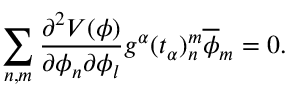
\sum _ { n , m } { \frac { \partial ^ { 2 } V ( \phi ) } { \partial \phi _ { n } \partial \phi _ { l } } } g ^ { \alpha } ( t _ { \alpha } ) _ { n } ^ { m } \overline { { { \phi } } } _ { m } = 0 .